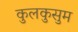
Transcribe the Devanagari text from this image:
कुलकुसुम